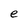
Character: e